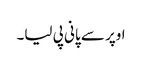
اوپر سے پانی پی لیا۔